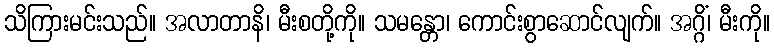
သိကြားမင်းသည်။ အလာတာနိ၊ မီးစတို့ကို။ သမန္တော၊ ကောင်းစွာဆောင်လျက်။ အဂ္ဂိံ၊ မီးကို။